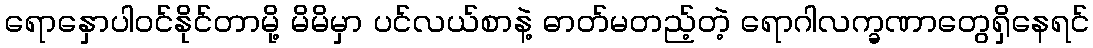
ရောနှောပါဝင်နိုင်တာမို့ မိမိမှာ ပင်လယ်စာနဲ့ ဓာတ်မတည့်တဲ့ ရောဂါလက္ခဏာတွေရှိနေရင်